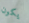
يكون